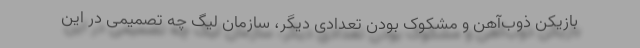
بازیکن ذوب‌آهن و مشکوک بودن تعدادی دیگر، سازمان لیگ چه تصمیمی در این